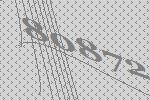
80872